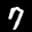
Label: 7